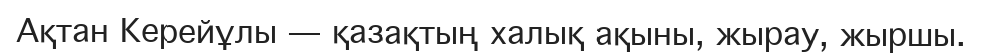
Ақтан Керейұлы — қазақтың халық ақыны, жырау, жыршы.